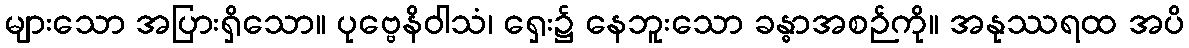
များသော အပြားရှိသော။ ပုဗ္ဗေနိဝါသံ၊ ရှေး၌ နေဘူးသော ခန္ဓာအစဉ်ကို။ အနုဿရထ အပိ